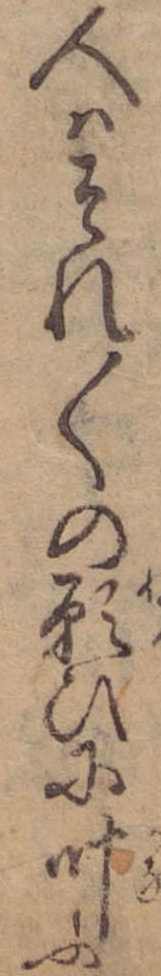
人はそれ〱の願ひに叶ふ